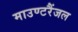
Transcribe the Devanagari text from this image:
माउण्टरैंजल